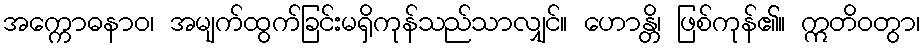
အက္ကောဓနာဝ၊ အမျက်ထွက်ခြင်းမရှိကုန်သည်သာလျှင်။ ဟောန္တိ၊ ဖြစ်ကုန်၏။ ဣတိဝတွာ၊